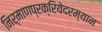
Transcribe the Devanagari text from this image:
निर्माणप्रक्रियेदरम्यान